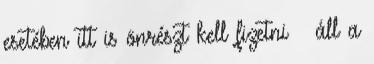
esetében itt is önrészt kell fizetni – áll a